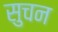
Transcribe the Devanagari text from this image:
सुचन